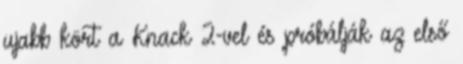
ujabb kört a Knack 2-vel és próbálják az első